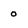
Character: 0